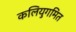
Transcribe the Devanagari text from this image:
कलियुगमित